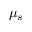
\mu _ { s }